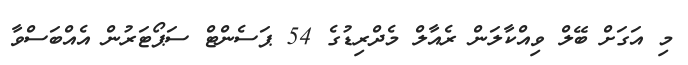
މި އަގަށް ބޭލް ވިއްކާލަން ރެއާލް މެދްރިޑުގެ 54 ޕަސެންޓް ސަޕޯޓަރުން އެއްބަސްވާ